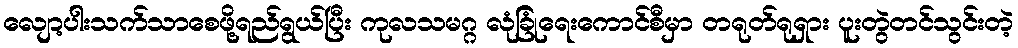
လျော့ပါးသက်သာစေဖို့ရည်ရွယ်ပြီး ကုလသမဂ္ဂ လုံခြုံရေးကောင်စီမှာ တရုတ်ရုရှား ပူးတွဲတင်သွင်းတဲ့